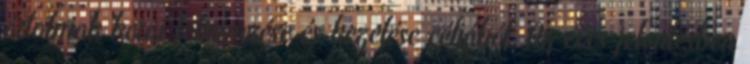
ártalmak korai felismerése és kezelése céljából. Az éves jelentésben